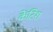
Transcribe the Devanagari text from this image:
केंटिश